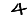
Digit: 4